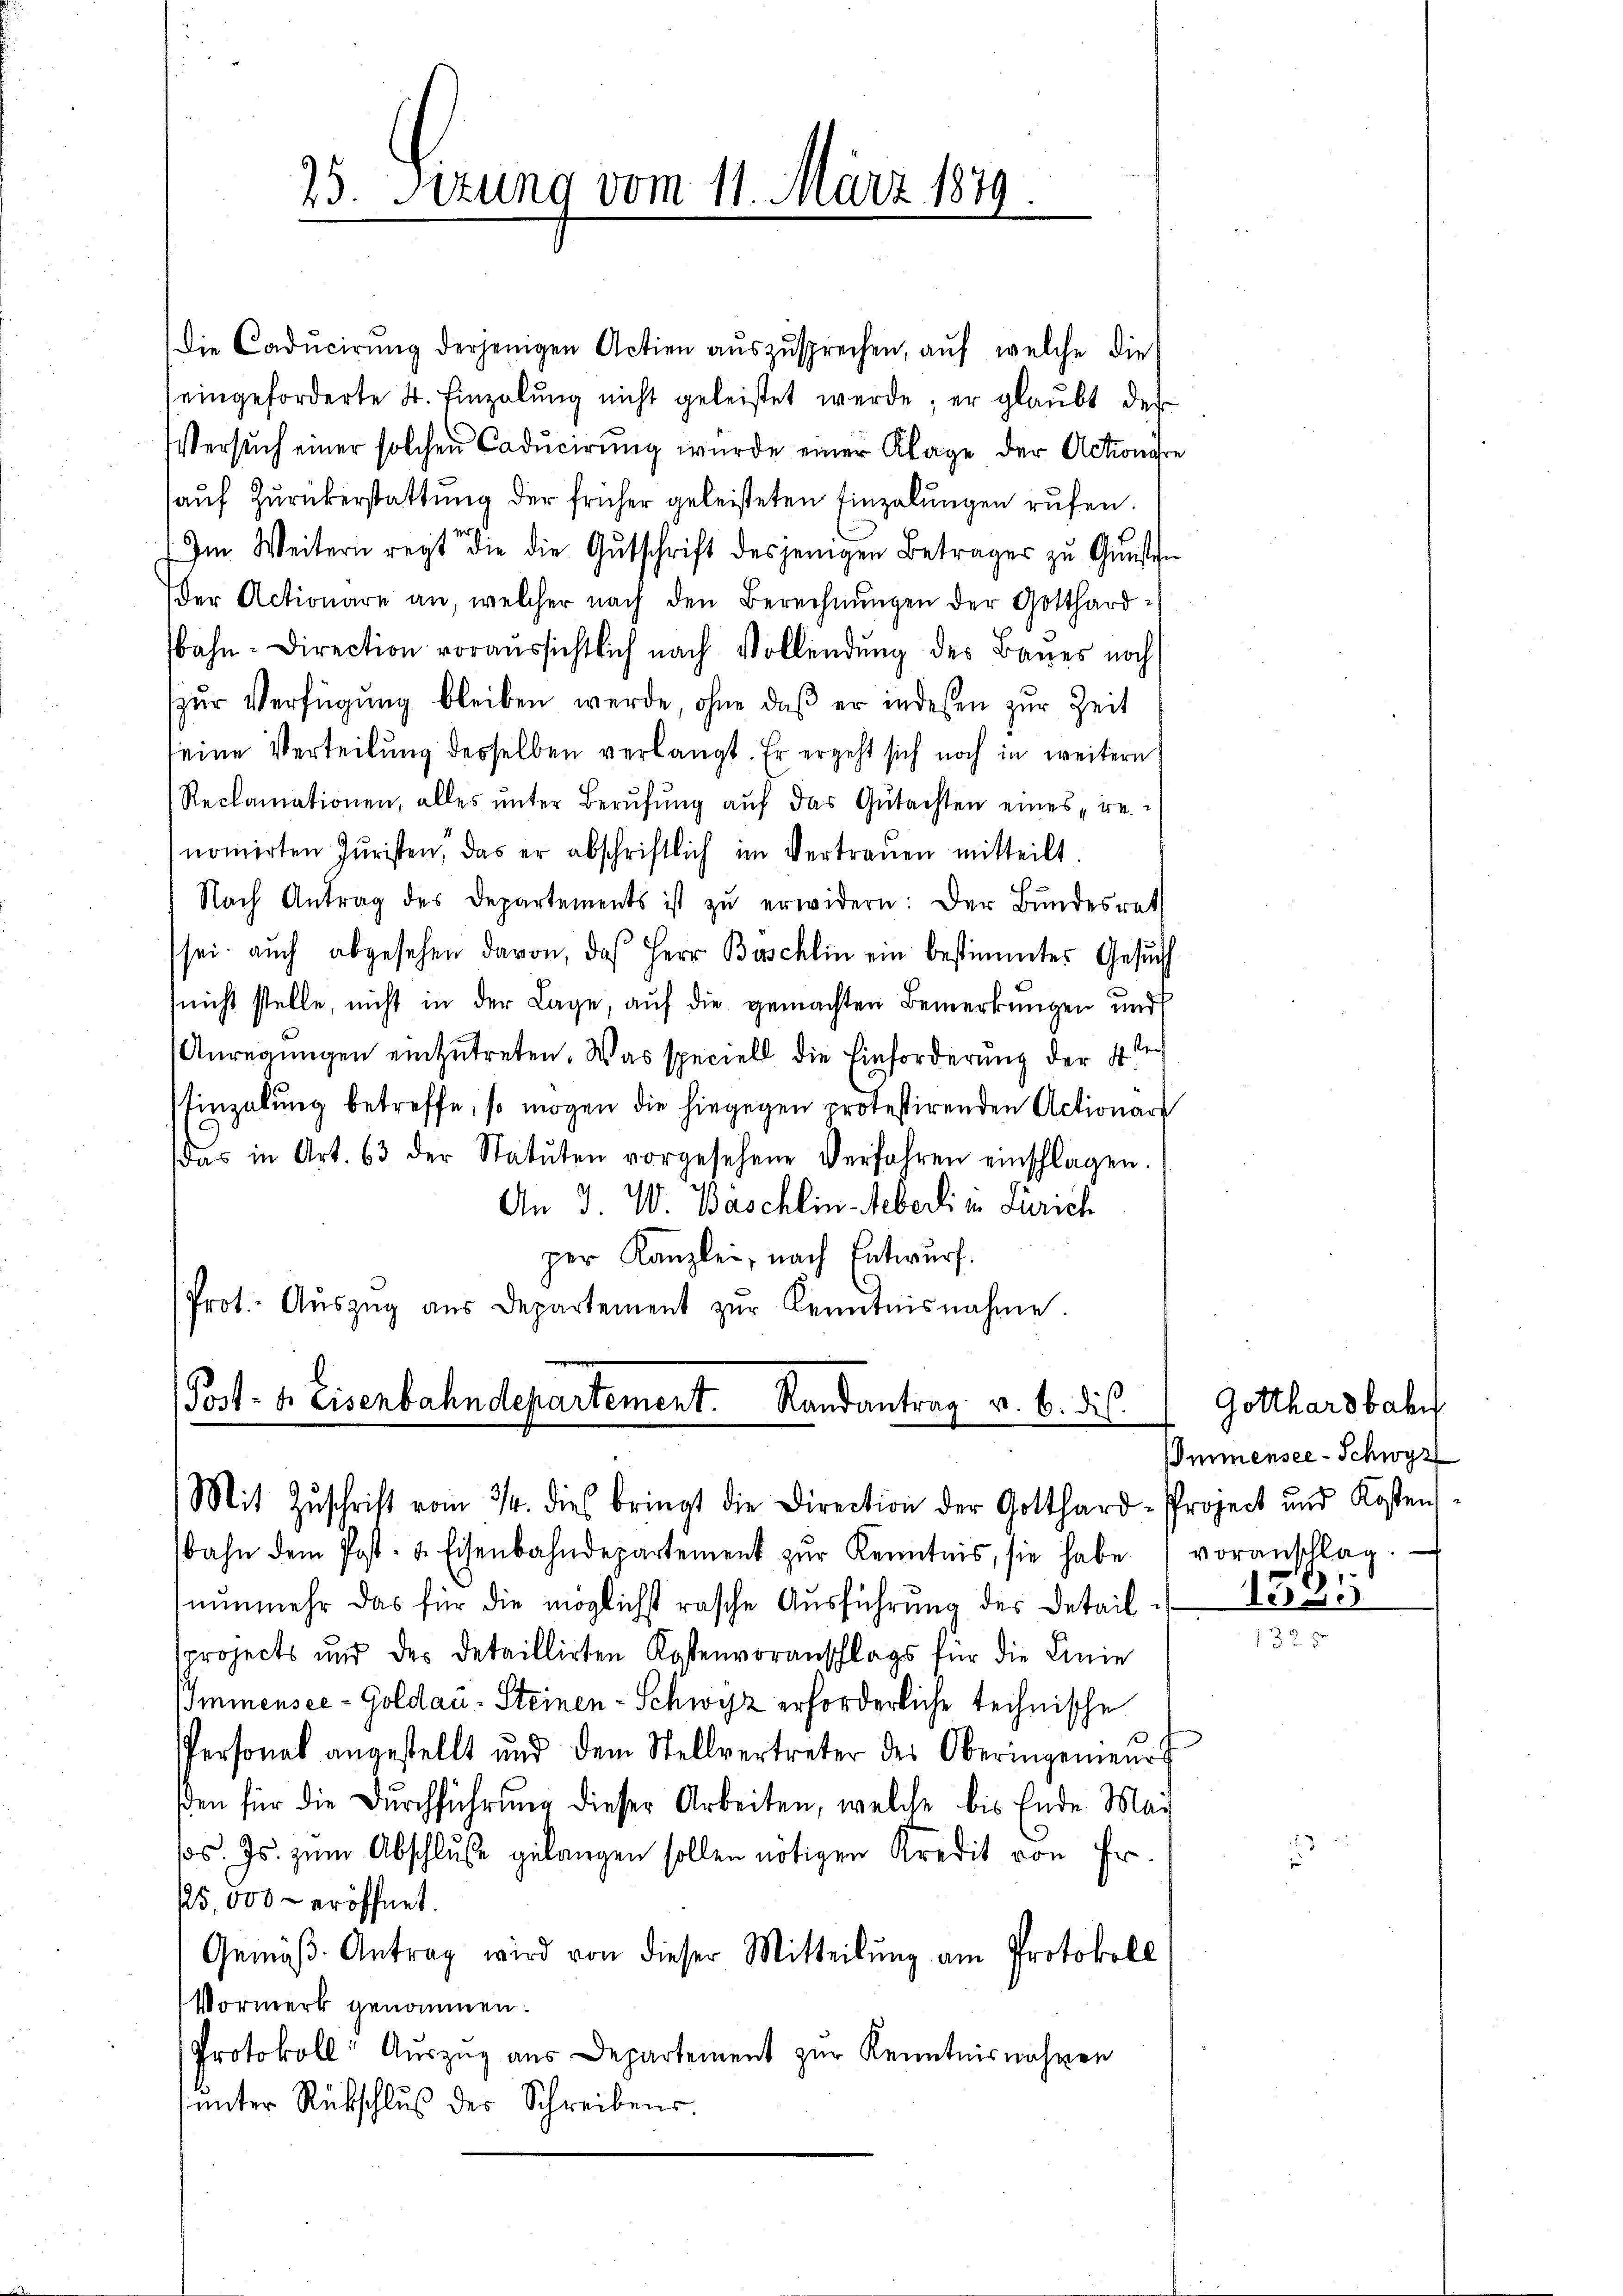
25. Sizung vom 11. März 1849.

Die Caducirŭng derjenigen Actien aŭszŭsprechen, aŭf welche die
eingeforderte S. Einzalŭng nicht geleistet werde; er glaŭbt der
Versŭch einer solchen Caducirŭng wurde einer Klage der Actionare
auf Zurückerstattung der früher geleisteten Einzelungen rufen.
Im Weitern regt die die Gutschrift desjenigen Betrages zu Gunsten
Der Actionare an, welcher nach den Berechnungen der Gotthardbahn-Direction voraussichtlich nach Vollendung des Baues noch
zur Verfügung bleiben werde, ohne daß er indeßen zur Zeit
seine Verteilung desselben verlangt. Er ergeht sich noch in weitern
Reclamationen, alles ŭnter Berŭfŭng aŭf das Gŭtachten eines „re
noṁirten Juristen, das er abschriftlich im Vertrauen mitteilt
Nach Antrag des Departements ist zŭ erwidern: Der Bundesrath
sei aŭch abgesehen davon, das Herr Beschlin ein bestimmtes Gesŭch
(nicht stelle, nicht in der Lage, auf die gemachten Bemerkungen und
Anregungen einzutreten. Was speciell die Einforderung der 4ten
Einzelung betreffe, so mögen die hingegen protestirenden Actionar
das in Art. 63 der Statuten vorgesehene Verfahren einschlagen.
An 3. W. Bäschlin Weberli in Zürich
per Kanzlei, nach Entwurf.
Prot. Aŭszŭg aŭs Departement zŭr Kenntnisnahme.

Post- u. Eisenbahndepartement. Randantrag v. 6. dies
Mit Zŭschrift vom 3/4. dies bringt die Direction der Gotthard-Project und Kosten-

bahn dem Post- & Eisenbahndepartement zŭr Kenntnis, sie habe voranschlag.
nunmehr das für die möglichst rasche Ausführung der Detail
sprojects und des detaillirten Kostenvoranschlags für die Linie
Iminensee-Goldau - Steinen-Schwyz erforderliche technische
Personal angestellt und dem Stellvertreter des Oberingenieŭrt
den für die Durchführung dieser Arbeiten, welche bis Ende Mai
sos. Js. zum Abschluße gelangen sollen nötigen Kredit von Er¬
25,000 - eröffnet.
Gemäβ-Antrag wird von dieser Mitteilung am Protokoll
Vormerk genommen.
Protokoll: Auszug aus Departement zur Kenntnisnahmen
ŭnter Rückschlŭβ der Schreibens.

Gotthardbahn
Immensee-Schwyz
1335